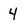
Character: 4